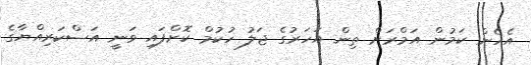
އެހެން ކަމުން އަމްރަށް ތިން އަހަރުގެ ޖަލު ހުކުމް ކޮށްފައި ވަނީ އަސްކަރިއްޔާގެ